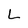
Character: L